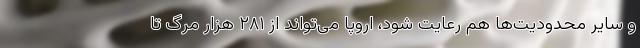
و سایر محدودیت‌ها هم رعایت شود، اروپا می‌تواند از ۲۸۱ هزار مرگ تا